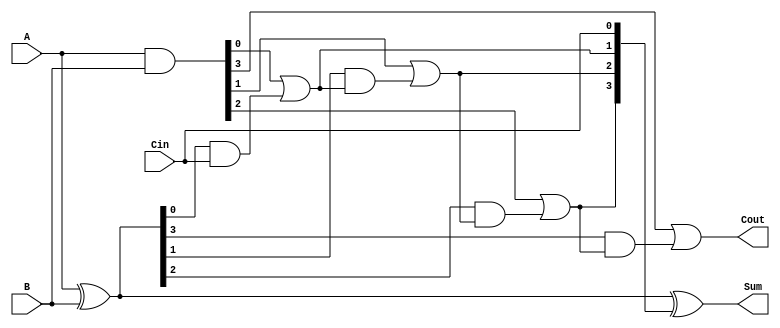
module CILA #(parameter n = 4) (
    input  wire [n-1:0] A,      // First operand
    input  wire [n-1:0] B,      // Second operand
    input  wire Cin,             // Carry-in input
    output wire [n-1:0] Sum,     // Resulting sum
    output wire Cout             // Carry-out output
);
    // Internal signals
    wire [n-1:0] P; // Propagate signals
    wire [n-1:0] G; // Generate signals
    wire [n:0] C;   // Carry signals

    // Generate and Propagate calculations
    assign P = A ^ B;           // P[i] = A[i] XOR B[i]
    assign G = A & B;           // G[i] = A[i] AND B[i]

    // Carry calculations using lookahead logic
    assign C[0] = Cin;          // C[0] = Cin
    genvar i;
    generate
        for (i = 0; i < n; i = i + 1) begin : carry_generation
            if (i == 0) begin
                assign C[i + 1] = G[i] | (P[i] & C[i]);
            end else begin
                assign C[i + 1] = G[i] | (P[i] & C[i]);
            end
        end
    endgenerate

    // Sum calculation
    assign Sum = P ^ C[n-1:0]; // Sum[i] = P[i] XOR C[i]

    // Final Carry Out
    assign Cout = C[n];        // Cout = C[n]

endmodule